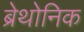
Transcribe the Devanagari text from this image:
ब्रेथोनिक